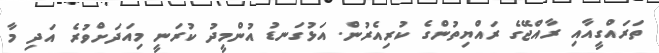
ތަރައްގީއާއި ރާއްޖޭގެ ރައްޔިތުންގެ ކުރިއެރުން. އަޅުގަނޑު އުންމީދު ކުރަނީ މިއަދަށްވުރެ އަދި މާ